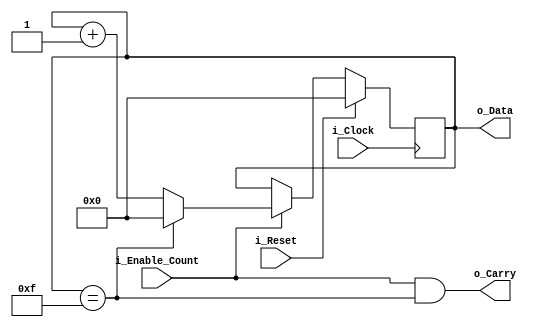
module counter
#(
    parameter               c_WIDTH         = 4,
    parameter               c_RESET_VALUE   = 4'b1111
)(
    input                   i_Clock,
    input                   i_Reset,
    input                   i_Enable_Count,

    output  [c_WIDTH-1:0]   o_Data,
    output                  o_Carry
);

    reg [c_WIDTH-1:0] r_Counter = 0;

    always @(posedge i_Clock) begin
        if(i_Reset)
            r_Counter <= 0;
        else begin
            if(i_Enable_Count) begin
                if(r_Counter == c_RESET_VALUE)
                    r_Counter <= 0;
                else
                    r_Counter <= r_Counter + 1'b1;
            end
        end
    end

    assign o_Data[c_WIDTH-1:0]  = r_Counter[c_WIDTH-1:0];
    assign o_Carry              = i_Enable_Count & (r_Counter == c_RESET_VALUE);

endmodule